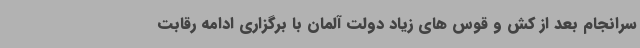
سرانجام بعد از کش و قوس های زیاد دولت آلمان با برگزاری ادامه رقابت